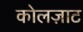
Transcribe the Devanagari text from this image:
कोलज़ाट